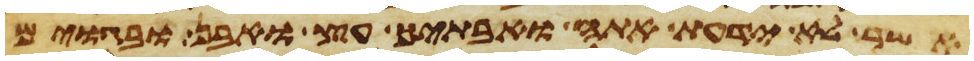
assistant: אשר לא ידעת אתה ואבתיך עץ ואבן ובגוים